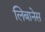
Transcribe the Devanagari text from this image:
लिबानेस